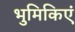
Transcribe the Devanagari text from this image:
भुमिकिएं